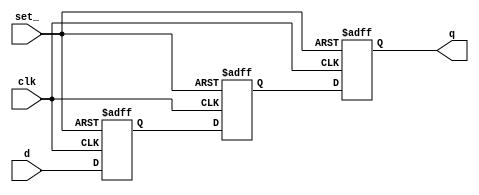
// ================================================================
// NVDLA Open Source Project
//
// Copyright(c) 2016 - 2017 NVIDIA Corporation. Licensed under the
// NVDLA Open Hardware License; Check "LICENSE" which comes with
// this distribution for more information.
// ================================================================
module p_SSYNC3DO_S_PPP (
  clk
 ,d
 ,set_
 ,q
 );
//---------------------------------------
//IO DECLARATIONS
input clk ;
input d ;
input set_ ;
output q ;
reg q,d1,d0;
always @(posedge clk or negedge set_)
begin
    if(~set_)
        {q,d1,d0} <= 3'b111;
    else
        {q,d1,d0} <= {d1,d0,d};
end
endmodule